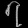
Digit: ၇